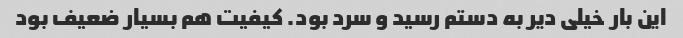
این بار خیلی دیر به دستم رسید و سرد بود. کیفیت هم بسیار ضعیف بود